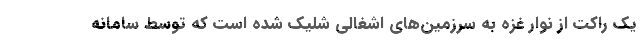
یک راکت از نوار غزه به سرزمین‌های اشغالی شلیک شده است که توسط سامانه